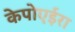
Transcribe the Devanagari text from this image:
केपोएईरा